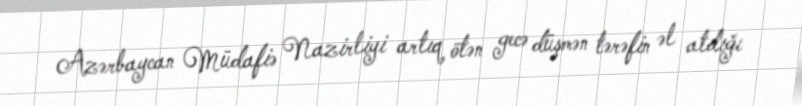
Azərbaycan Müdafiə Nazirliyi artıq ötən gecə düşmən tərəfin əl atdığı